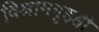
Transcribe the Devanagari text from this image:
विश्रामगृहही